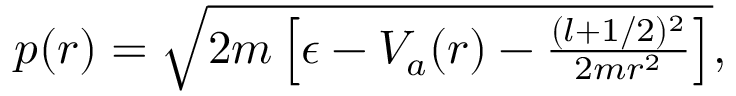
\begin{array} { r } { p ( r ) = \sqrt { 2 m \left[ \epsilon - V _ { a } ( r ) - \frac { ( l + 1 / 2 ) ^ { 2 } } { 2 m r ^ { 2 } } \right] } , } \end{array}